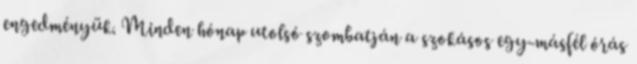
engedményük. Minden hónap utolsó szombatján a szokásos egy-másfél órás